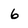
Character: 6